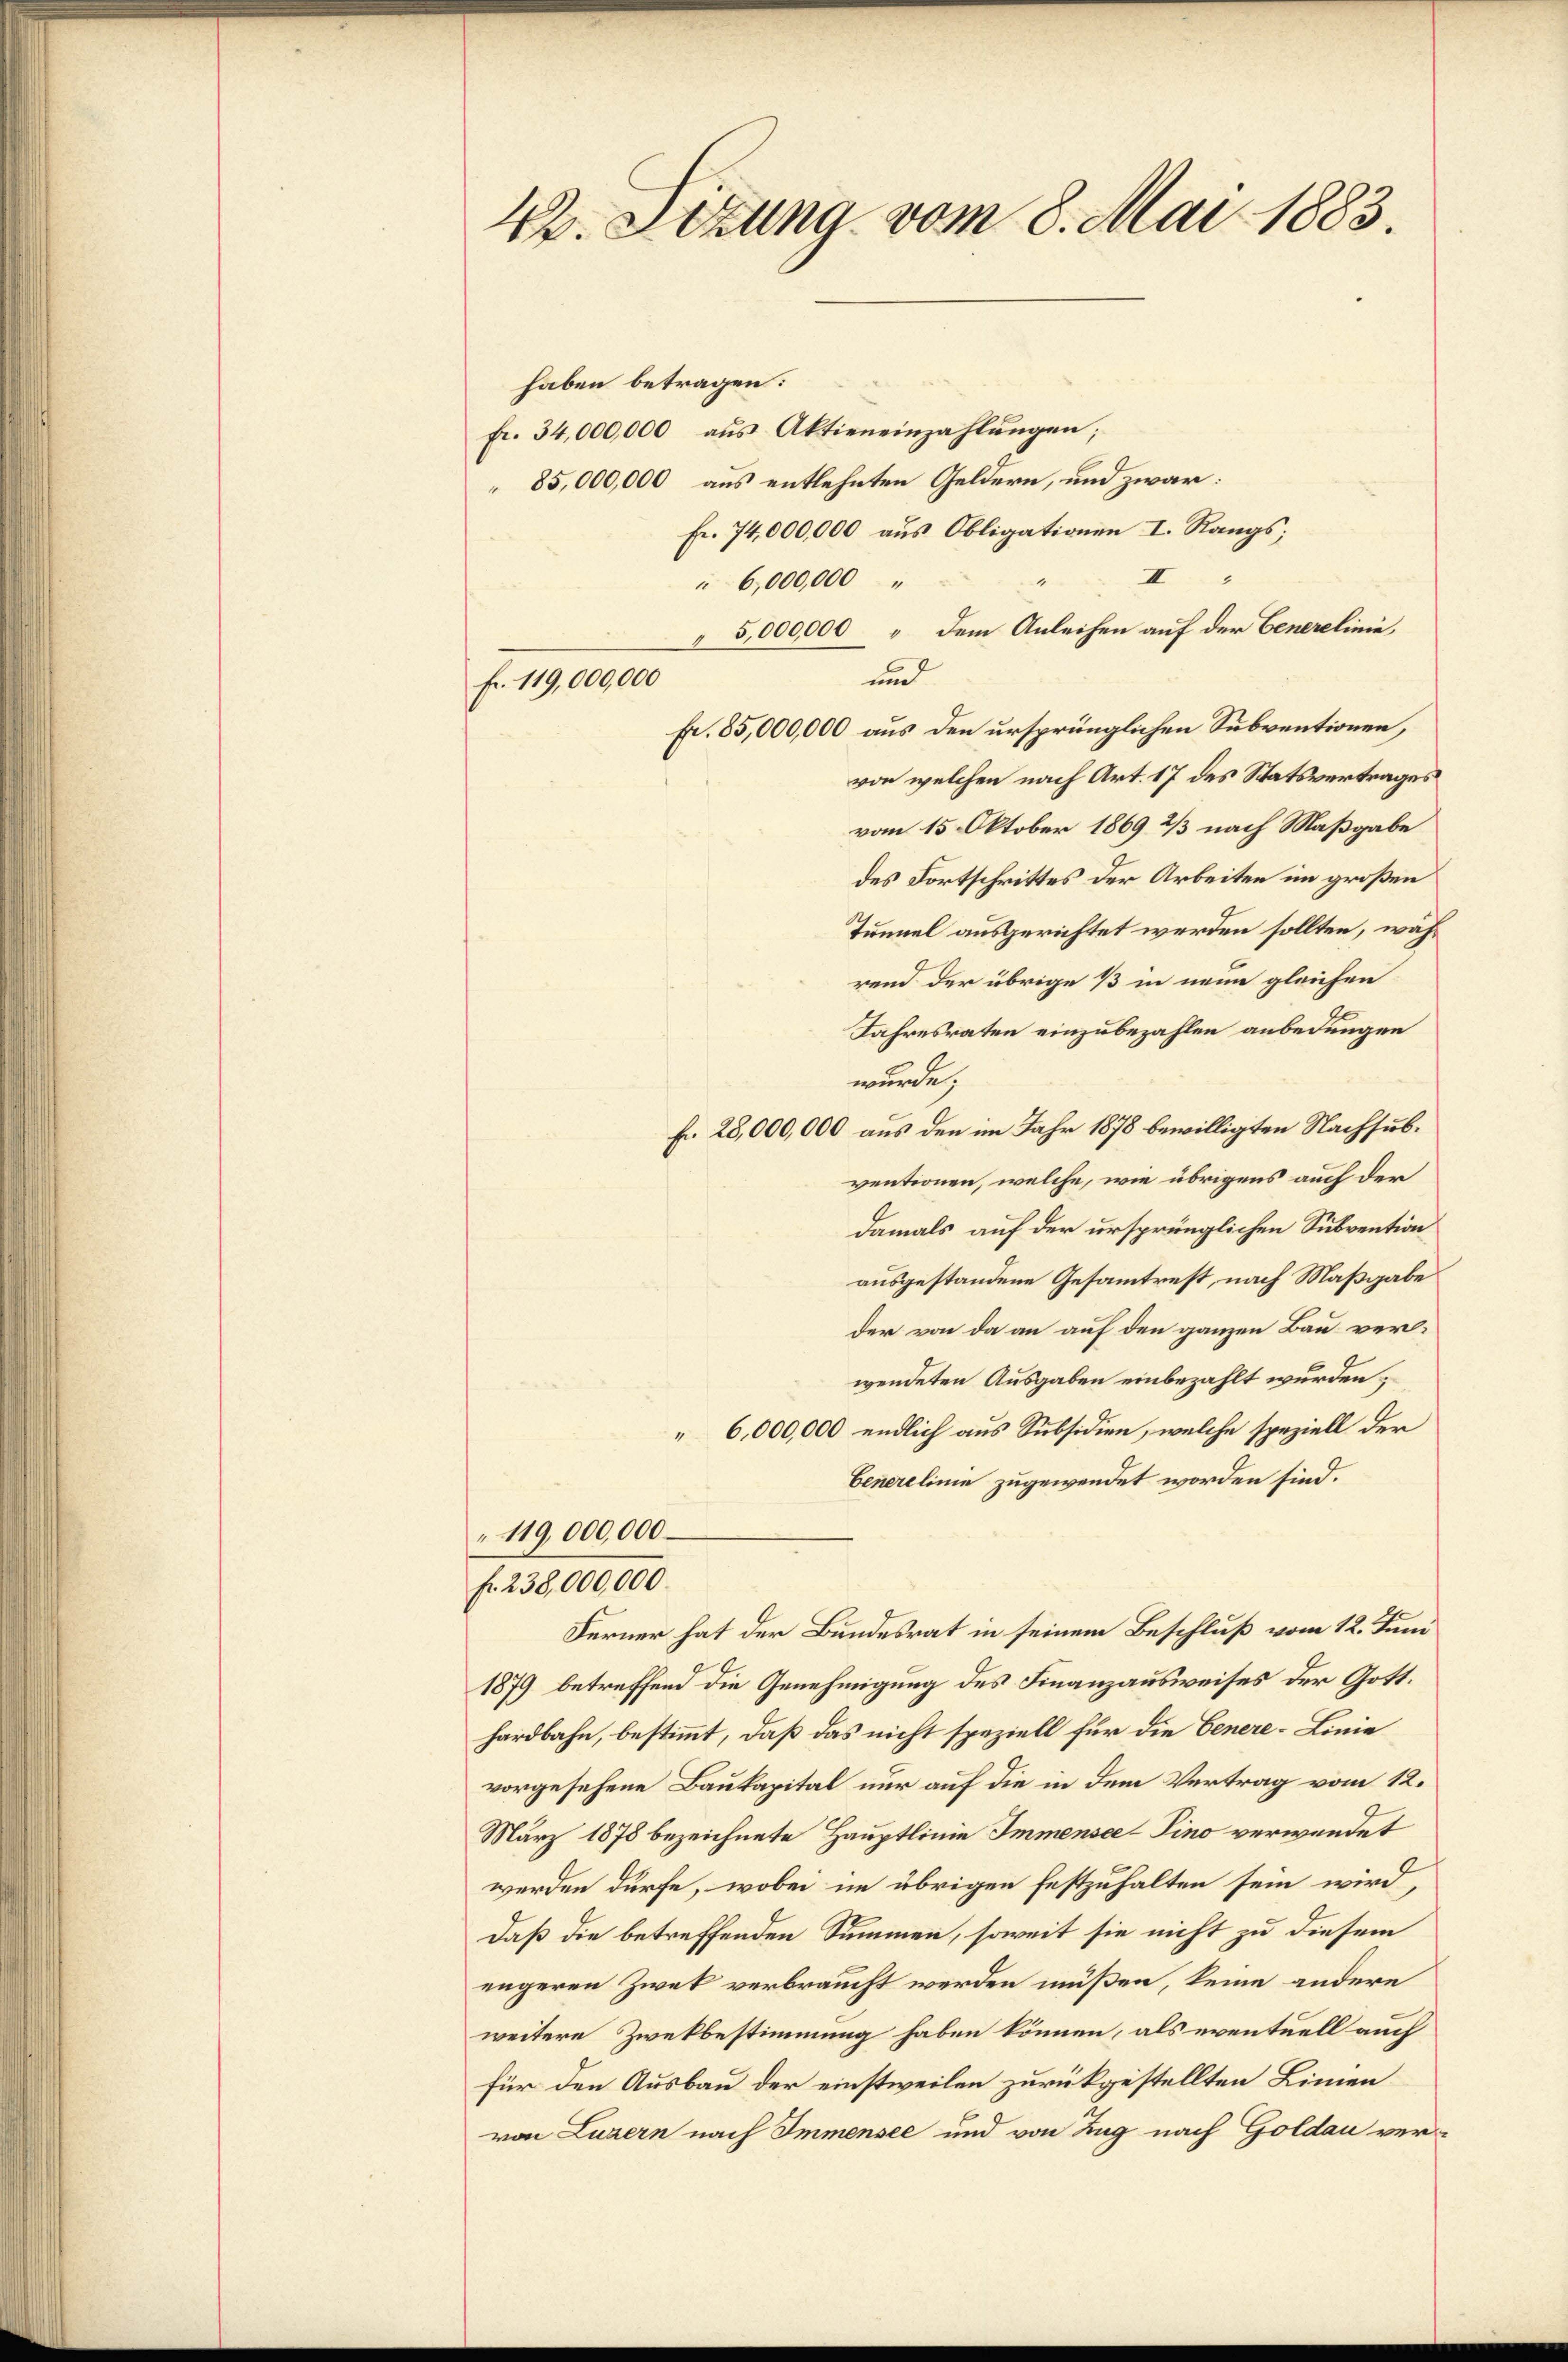
42. Stzung vom 8. Mai 1883.

haben betragen:
Fr. 34,000,000 aŭs Aktieneinzahlŭngen;
85,000,000 aus entlehnten Geldern, und zwar:
Fr. 74,000,000 aus Obligationen I. Rangs;
II
6,000,000
5,000,000 " dem Anleihen auf der Generelinie,
und
Fr. 85,000,000 aus den ursprünglichen Subventionen,
von welchen nach Art. 17 des Statsvertrages
vom 15. Oktober 1869 2/3 nach Maßgabe
des Fortschrittes der Arbeiten im großen
Tunnel ausgerichtet werden sollten, während der übrige 1 in neue gleichen
Jahresraten einzubezahlen anbedungen
wurde,
fr. 28,000,000 aus den im Jahr 1878 bewilligten Nachsubventionen, welche, wie übrigens auch der
damals auf der ursprünglichen Subvention
ausgestandene Gesamtrest, nach Maßgabe
der von da an auf den ganzen Bau verwendeten Ausgaben einbezahlt wurden,
6,000,000 endlich aus Subsidien, welche speziell der
Generelinie zugewendet worden sind.
119,000,000
f. 238,000,000
Ferner hat der Bundesrat in seinem Beschluß vom 12. Juni
1879 betreffend die Genehmigung des Finanzausweises der Gotthardbahn, bestimmt, daß das nicht speziell für die Genere-Linie
vorgesehene Baukapital nur auf die in dem Vertrag vom 12.
März 1878 bezeichnete Hauptlinie Immensee–Pino verwendet
werden dürfe, wobei im übrigen festzuhalten sein wird,
daß die betreffenden Summen, soweit sie nicht zu diesem
engeren Zwek verbraucht werden müßen, keine andere
weitere Zwekbestimmung haben können, als eventuell auch
für den Ausbau der einstweilen zurückgestellten Limmen
von Luzern nach Immensee und von Zug nach Goldau ver¬

fr. 119,000,000